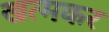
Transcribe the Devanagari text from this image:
खत्मकर